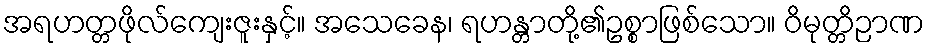
အရဟတ္တဖိုလ်ကျေးဇူးနှင့်။ အသေခေန၊ ရဟန္တာတို့၏ဥစ္စာဖြစ်သော။ ဝိမုတ္တိဉာဏ